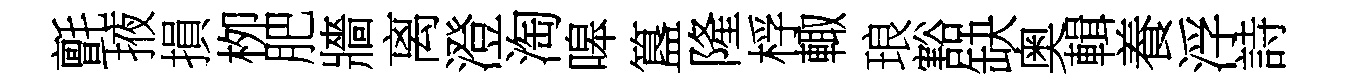
氈掖損栁肥牆离澄淘嗥簋隆桴輙琅豁缺奥輯養浮詩